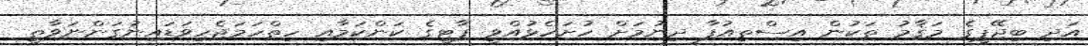
އަދި ބިޖޭޕީގެ މަޤާމު ތަކުން އިސްތިއުފާ ދިނުމަށް ހުށަހެޅުއްވީ ޕާޓީގެ ކަންކަމާއި ހިތްހަމަޖެހިވަޑައިނުގަންނަވާތީ